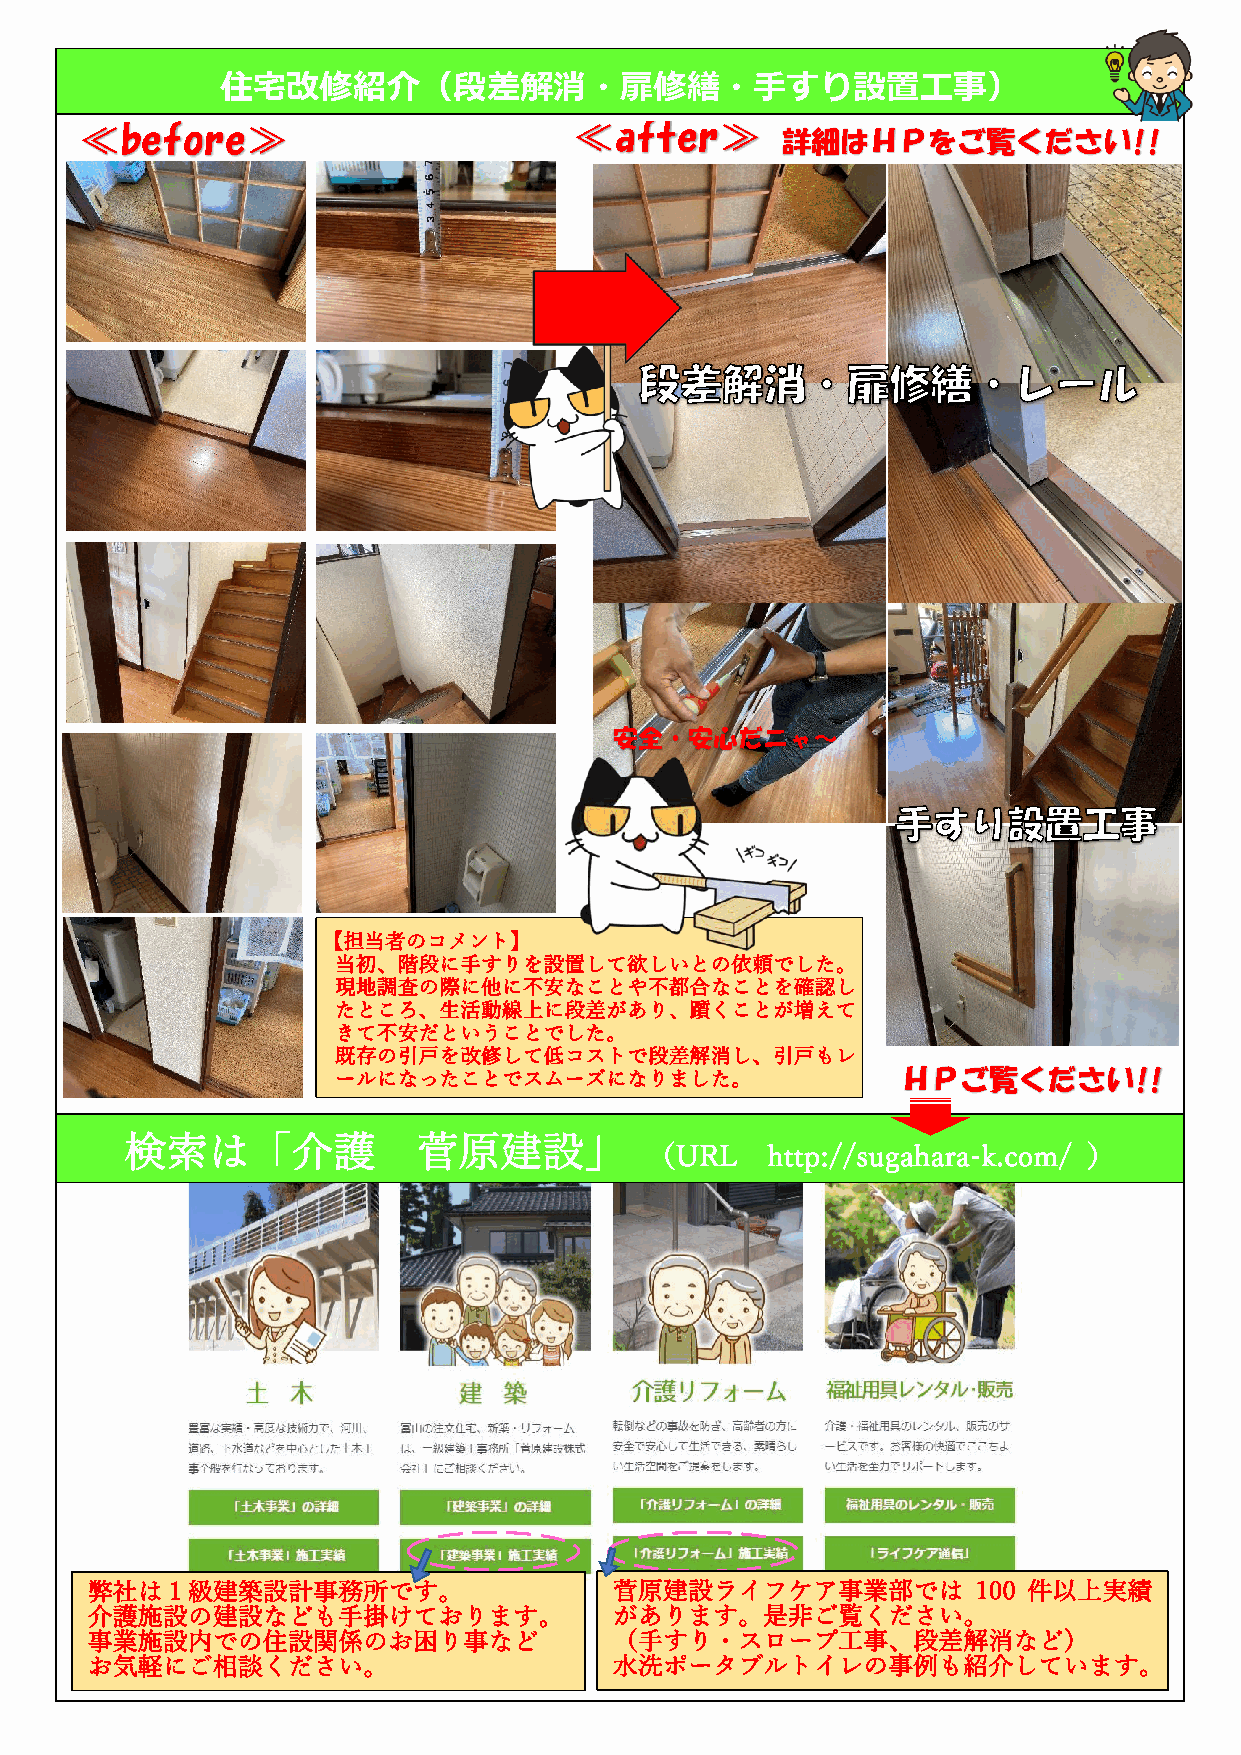
住宅改修紹介（段差解消・扉修繕・手すり設置工事）
 ≪before≫                         ≪after≫
 詳細はＨＰをご覧ください!!
 ②
 ③
 ③
 安全・安心だニャ～
 【担当者のコメント】
 当初、階段に手すりを設置して欲しいとの依頼でした。
 現地調査の際に他に不安なことや不都合なことを確認し
 たところ、生活動線上に段差があり、躓くことが増えて
 きて不安だということでした。
 既存の引戸を改修して低コストで段差解消し、引戸もレ
 ールになったことでスムーズになりました。                  ＨＰご覧ください!!
 検索は「介護              菅原建設」
 （URL    http://sugahara-k.com/ ）
 弊社は１級建築設計事務所です。                    菅原建設ライフケア事業部では          100 件以上実績
 介護施設の建設なども手掛けております。                があります。是非ご覧ください。
 事業施設内での住設関係のお困り事など                 （手すり・スロープ工事、段差解消など）
 お気軽にご相談ください。                       水洗ポータブルトイレの事例も紹介しています。